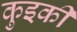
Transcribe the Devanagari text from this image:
कुइकी